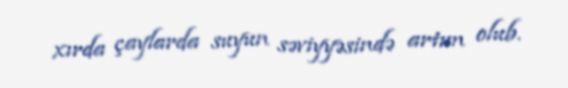
xırda çaylarda suyun səviyyəsində artım olub.